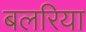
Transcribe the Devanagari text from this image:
बलरिया